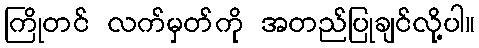
ကြိုတင် လက်မှတ်ကို အတည်ပြုချင်လို့ပါ။